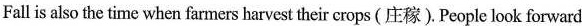
Fall is also the time when farmers harvest theircrops (庄稼). People look forward